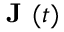
\textbf { J } ( t )